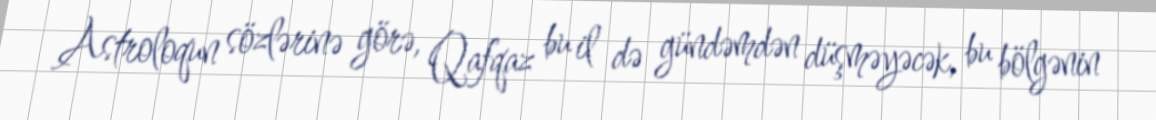
Astroloqun sözlərinə görə, Qafqaz bu il də gündəmdən düşməyəcək, bu bölgənin